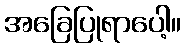
အခြေပြုရာပေါ့။